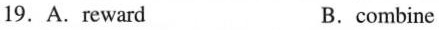
19.A.reward